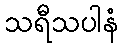
သရီသပါနံ